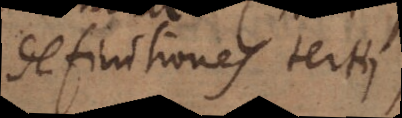
definitiones terti